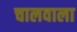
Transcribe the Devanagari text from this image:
चालवाला